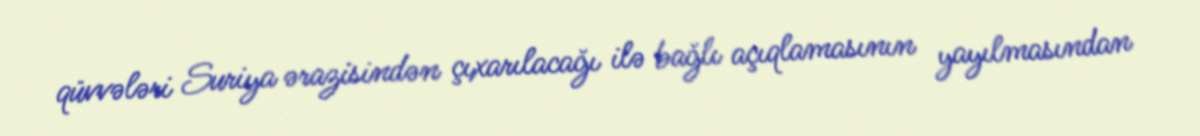
qüvvələri Suriya ərazisindən çıxarılacağı ilə bağlı açıqlamasının yayılmasından